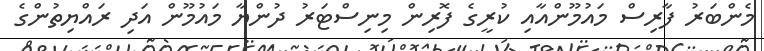
މެންބަރު ފާރިސް މައުމޫންއާއި ކުރީގެ ފޮރިން މިނިސްޓަރު ދުންޔާ މައުމޫން އަދި ރައްޔިތުންގެ